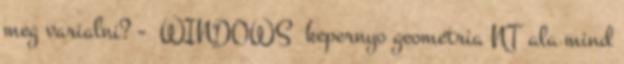
meg varialni? - WINDOWS kepernyo geometria NT ala mind